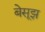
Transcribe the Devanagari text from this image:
बेसूझ